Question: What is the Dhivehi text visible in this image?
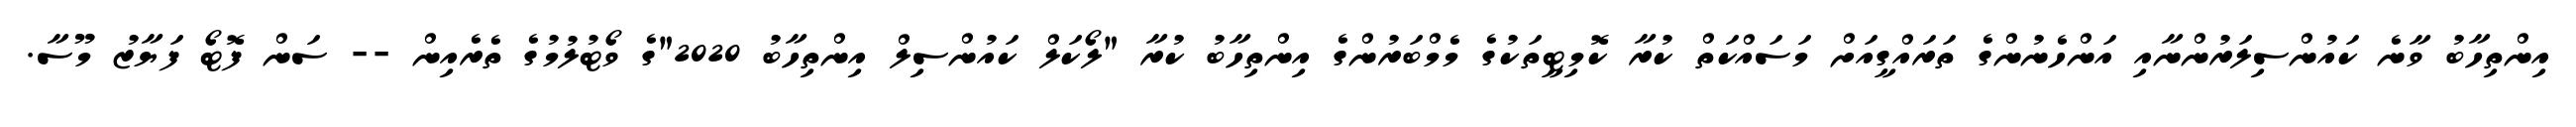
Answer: އިންތިހާބު ވާނެ ކައުންސިލަރުންނާއި އަންހެނުންގެ ތަރައްގީއަށް މަސައްކަތް ކުރާ ކޮމިޓީތަކުގެ މެމްބަރުންގެ އިންތިހާބު ކުރާ "ލޯކަލް ކައުންސިލް އިންތިހާބު 2020"ގެ ވޯޓުލުމުގެ ތެރެއިން -- ސަން ފޮޓޯ ފަޔާޒު މޫސާ.